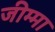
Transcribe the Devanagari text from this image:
जीम्मा